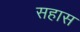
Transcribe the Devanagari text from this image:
सहास